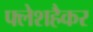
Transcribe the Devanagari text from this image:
फ्लेशहैकर